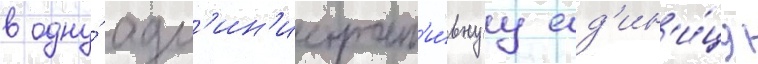
в одну́ адм'ин'истрат'и́внуу ед'ин'и́цу